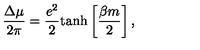
\frac { \Delta \mu } { 2 \pi } = \frac { e ^ { 2 } } { 2 } \mathrm { t a n h } \left[ \frac { \beta m } { 2 } \right] ,